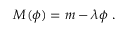
M ( \phi ) = m - \lambda \phi \ .